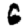
Digit: 6